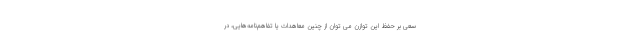
سعی بر حفظ این توازن می توان از چنین معاهدات یا تفاهم‌نامه‌هایی، در